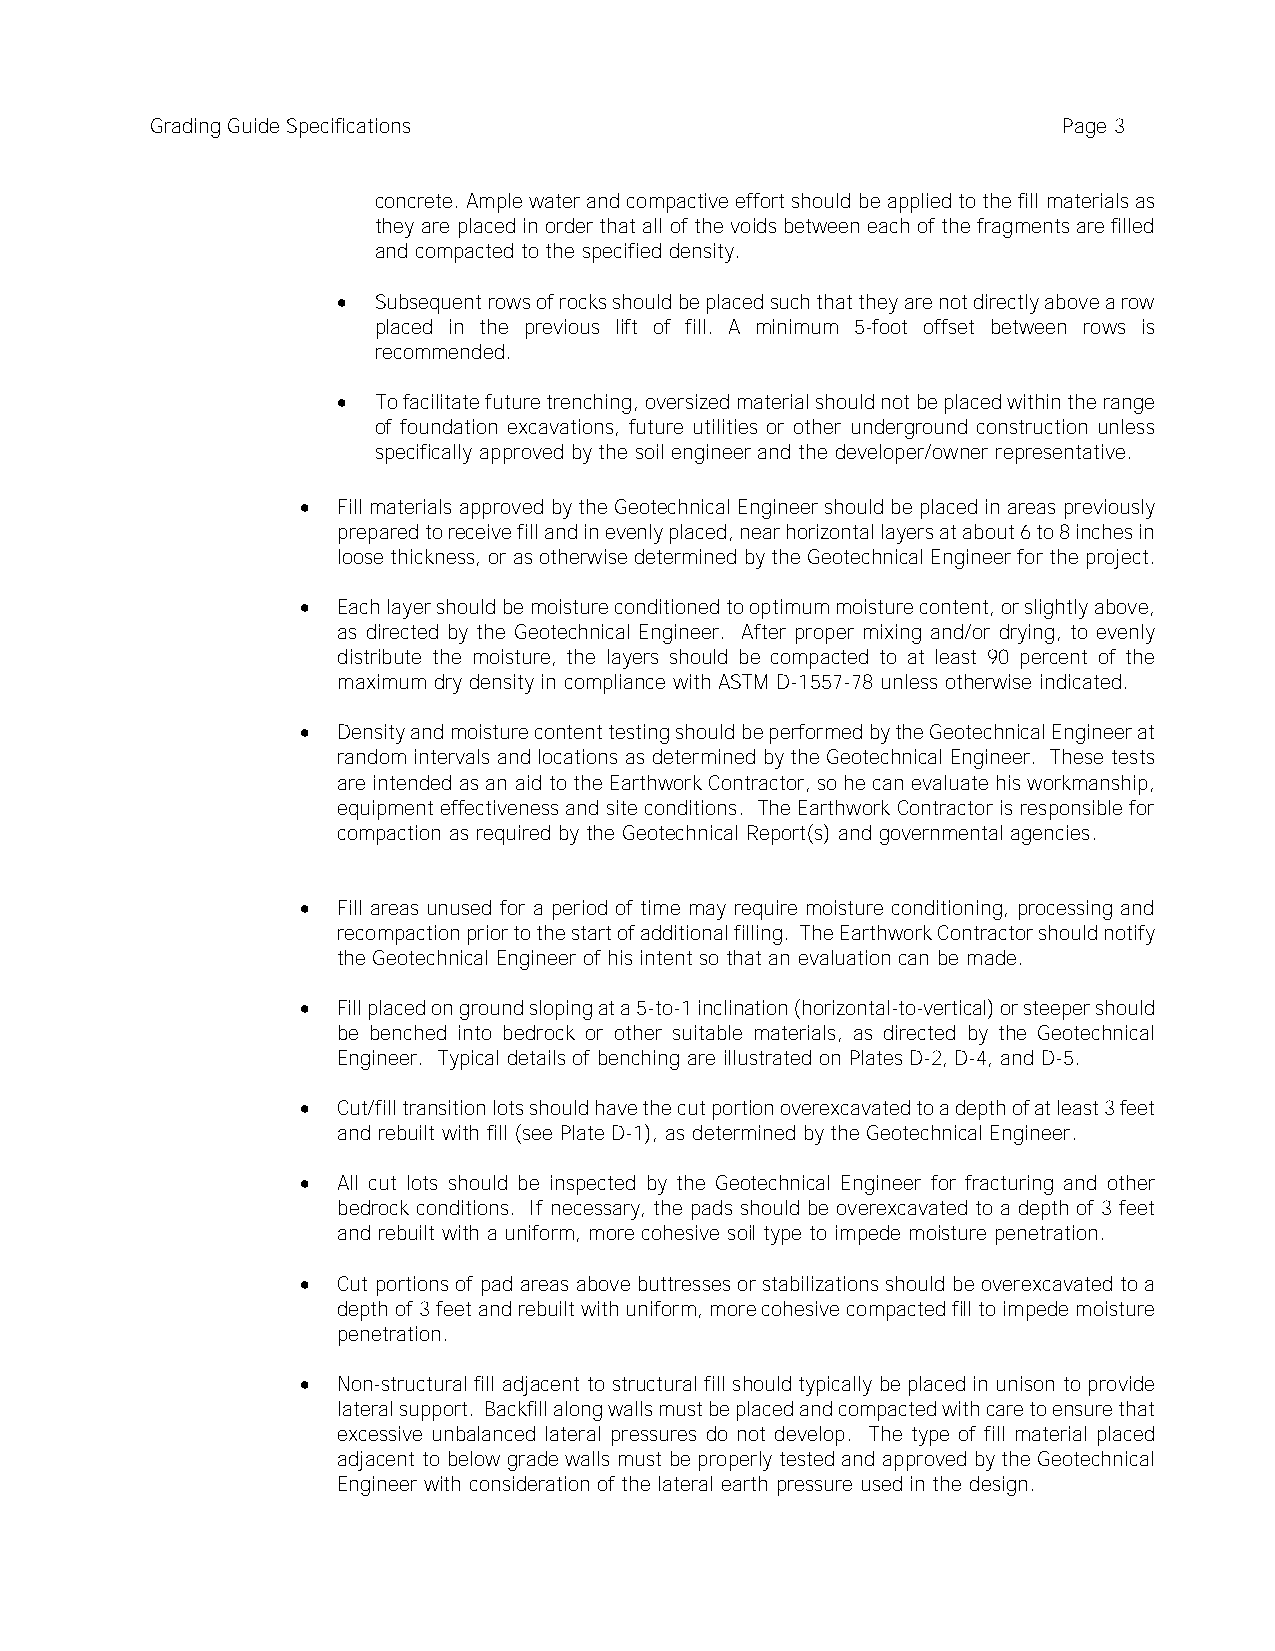
Grading Guide Specifications                                Page 3
 concrete. Ample water and compactive effort should be applied to the fill materials as
 they are placed in order that all of the voids between each of the fragments are filled
 and compacted to the specified density.
 •  Subsequent rows of rocks should be placed such that they are not directly above a row
 placed in the previous lift of fill. A minimum 5-foot offset between rows is
 recommended.
 •  To facilitate future trenching, oversized material should not be placed within the range
 of foundation excavations, future utilities or other underground construction unless
 specifically approved by the soil engineer and the developer/owner representative.
 • Fill materials approved by the Geotechnical Engineer should be placed in areas previously
 prepared to receive fill and in evenly placed, near horizontal layers at about 6 to 8 inches in
 loose thickness, or as otherwise determined by the Geotechnical Engineer for the project.
 • Each layer should be moisture conditioned to optimum moisture content, or slightly above,
 as directed by the Geotechnical Engineer. After proper mixing and/or drying, to evenly
 distribute the moisture, the layers should be compacted to at least 90 percent of the
 maximum dry density in compliance with ASTM D-1557-78 unless otherwise indicated.
 • Density and moisture content testing should be performed by the Geotechnical Engineer at
 random intervals and locations as determined by the Geotechnical Engineer. These tests
 are intended as an aid to the Earthwork Contractor, so he can evaluate his workmanship,
 equipment effectiveness and site conditions. The Earthwork Contractor is responsible for
 compaction as required by the Geotechnical Report(s) and governmental agencies.
 • Fill areas unused for a period of time may require moisture conditioning, processing and
 recompaction prior to the start of additional filling. The Earthwork Contractor should notify
 the Geotechnical Engineer of his intent so that an evaluation can be made.
 • Fill placed on ground sloping at a 5-to-1 inclination (horizontal-to-vertical) or steeper should
 be benched into bedrock or other suitable materials, as directed by the Geotechnical
 Engineer. Typical details of benching are illustrated on Plates D-2, D-4, and D-5.
 • Cut/fill transition lots should have the cut portion overexcavated to a depth of at least 3 feet
 and rebuilt with fill (see Plate D-1), as determined by the Geotechnical Engineer.
 • All cut lots should be inspected by the Geotechnical Engineer for fracturing and other
 bedrock conditions. If necessary, the pads should be overexcavated to a depth of 3 feet
 and rebuilt with a uniform, more cohesive soil type to impede moisture penetration.
 • Cut portions of pad areas above buttresses or stabilizations should be overexcavated to a
 depth of 3 feet and rebuilt with uniform, more cohesive compacted fill to impede moisture
 penetration.
 • Non-structural fill adjacent to structural fill should typically be placed in unison to provide
 lateral support. Backfill along walls must be placed and compacted with care to ensure that
 excessive unbalanced lateral pressures do not develop. The type of fill material placed
 adjacent to below grade walls must be properly tested and approved by the Geotechnical
 Engineer with consideration of the lateral earth pressure used in the design.